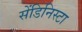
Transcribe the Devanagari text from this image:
सेंडिनिस्टा